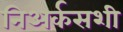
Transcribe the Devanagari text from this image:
निअर्कसशी